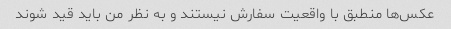
عکس‌ها منطبق با واقعیت سفارش نیستند و به نظر من باید قید شوند